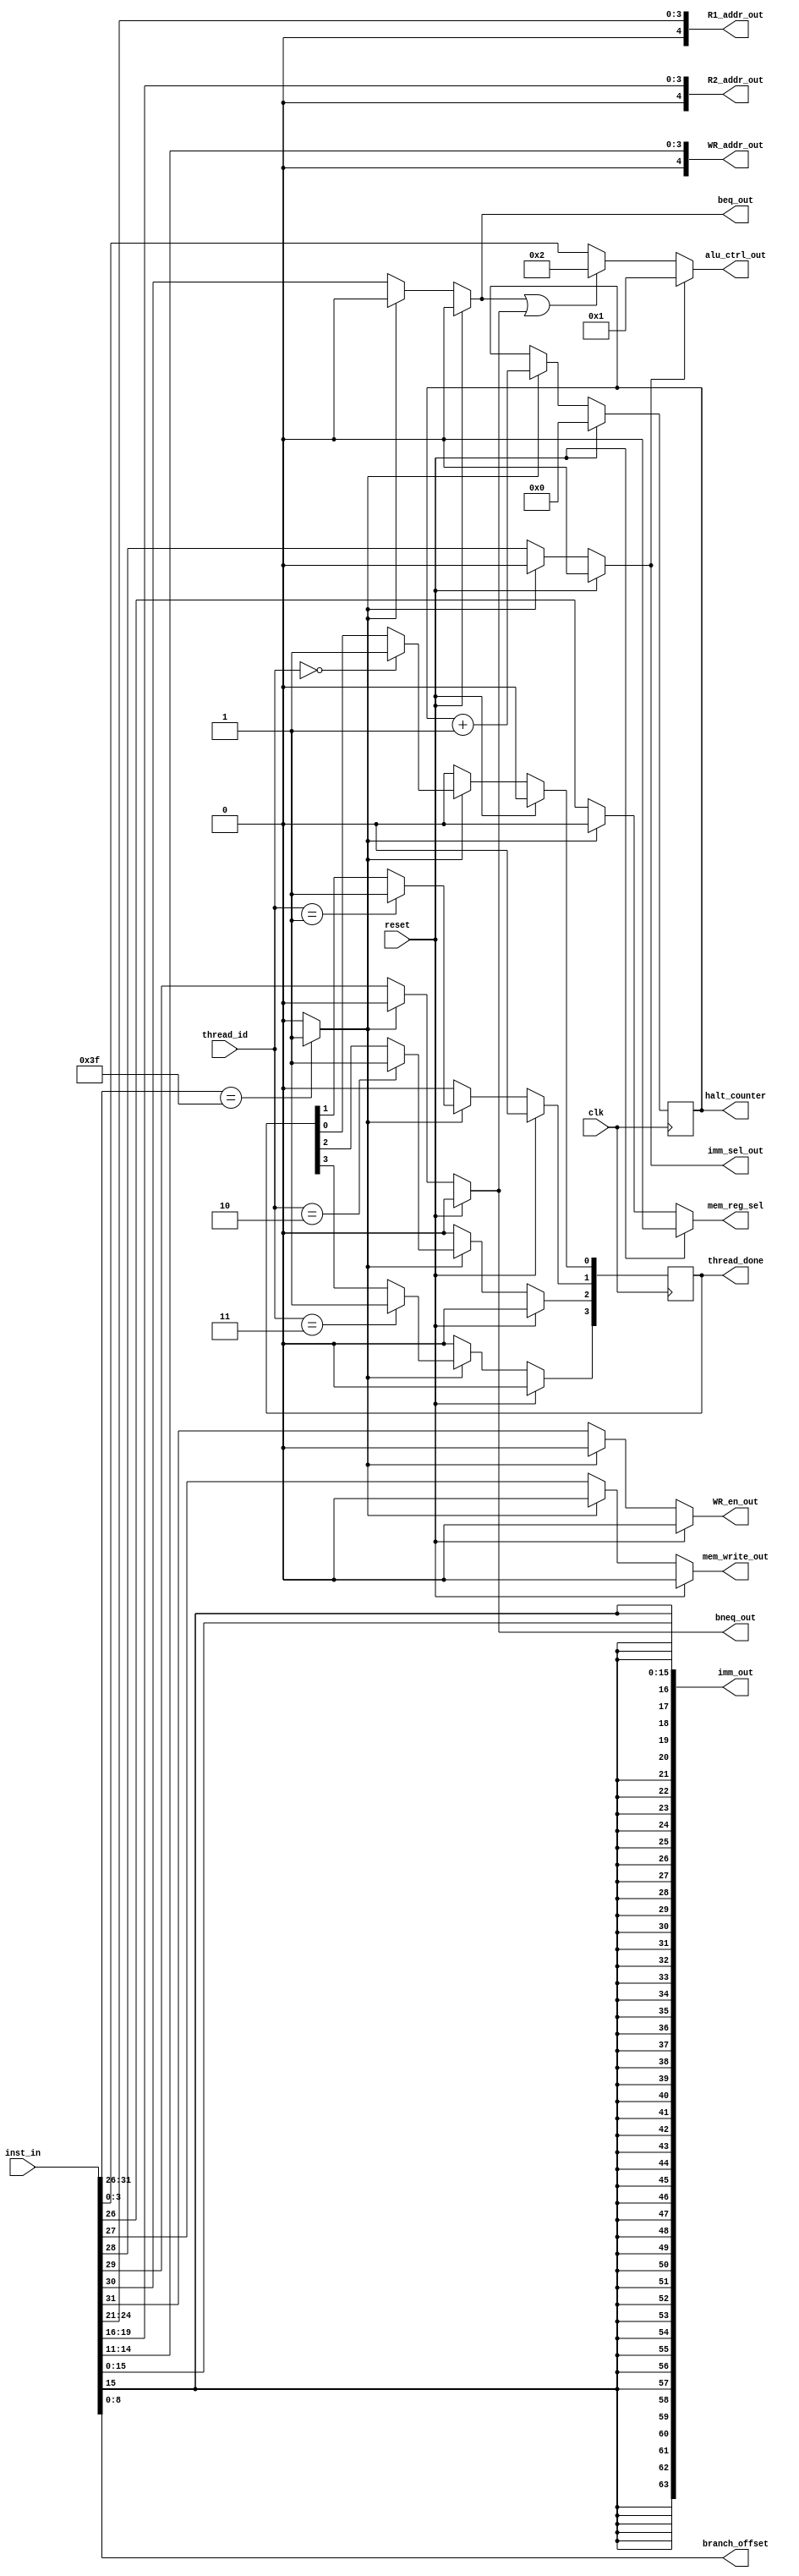
`timescale 1ns / 1ps
//////////////////////////////////////////////////////////////////////////////////
// Company: 
// Engineer: 
// 
// Design Name: 
// Module Name:    inst_decoder 
// Project Name: 
// Target Devices: 
// Tool versions: 
// Description: 
//
// Dependencies: 
//
// Revision: 
// Revision 0.01 - File Created
// Additional Comments: 
//
//////////////////////////////////////////////////////////////////////////////////


module inst_decoder
   #(parameter DATAPATH_WIDTH = 64,
		parameter INST_WIDTH = 32,
	  parameter REGFILE_ADDR_WIDTH = 5,
	  parameter INST_ADDR_WIDTH = 9,
	  parameter THREAD_BITS = 2,
	  parameter NUM_THREADS = 4)

	(input [INST_WIDTH-1:0] inst_in,
	input			reset,
	input	[THREAD_BITS-1:0]	thread_id,
	input clk,
	
	 //// OUTPUTS////
	 output [REGFILE_ADDR_WIDTH-1:0]	R1_addr_out,
	 output [REGFILE_ADDR_WIDTH-1:0]	R2_addr_out,
	 output [REGFILE_ADDR_WIDTH-1:0] WR_addr_out,
	 
	// immediate offsets
	 output [DATAPATH_WIDTH-1:0]	imm_out,
	 output [INST_ADDR_WIDTH-1:0]	branch_offset,

	// alu ctrl
	 output reg [3:0] 				alu_ctrl_out,	 
	 // control signals
	 output reg WR_en_out,
	 output reg beq_out,
	 output reg bneq_out,
	 output reg imm_sel_out,
	 output reg mem_write_out,
	 output reg mem_reg_sel,
	 output reg [NUM_THREADS-1:0]thread_done,
	 output reg [31:0] halt_counter
	 //output reg halt_cpu_out
	 );
	 
wire [5:0] opcode;
wire [3:0] alu_func;
wire [47:0]sign_extend;
 
assign opcode 			= inst_in[31:26];
assign alu_func 		= inst_in[3:0]; // taking two bits from opcode and 4 bits from inst_in.

/* Commenting out for regfile with 16 registers only
assign R1_addr_out 	= inst_in[25:21];
assign R2_addr_out 	= inst_in[20:16];
assign WR_addr_out 	= inst_in[15:11];
*/
// below was added to make regile of 16 registers
assign R1_addr_out 	= inst_in[24:21];
assign R2_addr_out 	= inst_in[19:16];
assign WR_addr_out 	= inst_in[14:11];

assign sign_extend 		= $signed(inst_in[15]); 
assign imm_out			= {sign_extend,inst_in[15:0]};
assign branch_offset	= inst_in[8:0];

/* Causing spurious branches
///////////////// DATAPATH control signals //////////////////////
assign 	WR_en_out		= opcode[5];
assign	beq_out			= opcode[4];
assign	bneq_out			= opcode[3];
assign	imm_sel_out		= opcode[2];
assign	mem_write_out 	= opcode[1];
assign	mem_reg_sel		= opcode[0];
///////////////// ALU control signals ////////////////////////////
*/

wire halt;
assign halt = (opcode == 'b111111) ? 1 : 0;
 
always @(*) begin
	if (reset) begin
		WR_en_out		= 0;
		beq_out			= 0;
		bneq_out		= 0;
		imm_sel_out		= 0;
		mem_write_out 	= 0;
		mem_reg_sel		= 0;
		alu_ctrl_out = 0;
	end
	else begin

		if (~halt) begin
			WR_en_out		= opcode[5];
			beq_out			= opcode[4];
			bneq_out		= opcode[3];
			imm_sel_out		= opcode[2];
			mem_write_out 	= opcode[1];
			mem_reg_sel		= opcode[0];
		end else begin
			WR_en_out		= 0;
			beq_out			= 0;
			bneq_out		= 0;
			imm_sel_out		= 0;
			mem_write_out 	= 0;
			mem_reg_sel		= 0;
		end // else if not halt
	end // if not reset


		if (imm_sel_out) begin 
			alu_ctrl_out	=	'd1; // ALU does add
		end else if (beq_out || bneq_out) begin
			alu_ctrl_out 	= 'd2; // ALU does sub
		end
		else begin
		alu_ctrl_out	=	alu_func;
		end
///////////////// DATAPATH control signals //////////////////////
///////////////// ALU control signals ////////////////////////////

end //always

always @(posedge clk) begin
	if (reset) begin
		thread_done <= 0;
		halt_counter <= 0;
	end
	else if (halt) begin
		halt_counter <= halt_counter + 1;
	case (thread_id)
		'b00: begin
			thread_done[0] <= 1;
		end
		'b01: begin
			thread_done[1] <= 1;
		end
		'b10: begin
			thread_done[2] <= 1;
		end
		'b11: begin
			thread_done[3] <= 1;
		end
	endcase
	end
	else begin
	thread_done <= 0;
	end
end
endmodule